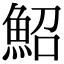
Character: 鮉